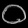
Digit: ၀